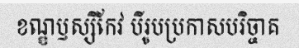
ខណ្ឌឫស្សីកែវ បីរូបប្រកាសបរិច្ចាគ